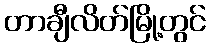
တာချီလိတ်မြို့တွင်